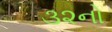
૩૨નો